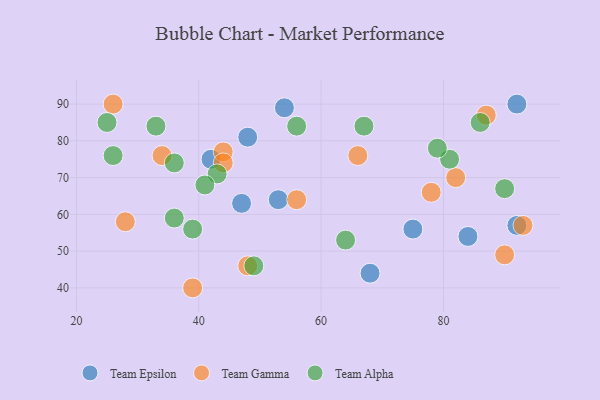
{"axis": {"x": "GDP", "y": "Life Expectancy"}, "legend": ["Team Alpha", "Team Epsilon", "Team Gamma"], "data": [{"x": "47", "y": 63, "type": "Team Epsilon"}, {"x": "92", "y": 57, "type": "Team Epsilon"}, {"x": "75", "y": 56, "type": "Team Epsilon"}, {"x": "68", "y": 44, "type": "Team Epsilon"}, {"x": "54", "y": 89, "type": "Team Epsilon"}, {"x": "84", "y": 54, "type": "Team Epsilon"}, {"x": "42", "y": 75, "type": "Team Epsilon"}, {"x": "53", "y": 64, "type": "Team Epsilon"}, {"x": "92", "y": 90, "type": "Team Epsilon"}, {"x": "48", "y": 81, "type": "Team Epsilon"}, {"x": "66", "y": 76, "type": "Team Gamma"}, {"x": "56", "y": 64, "type": "Team Gamma"}, {"x": "78", "y": 66, "type": "Team Gamma"}, {"x": "39", "y": 40, "type": "Team Gamma"}, {"x": "93", "y": 57, "type": "Team Gamma"}, {"x": "87", "y": 87, "type": "Team Gamma"}, {"x": "34", "y": 76, "type": "Team Gamma"}, {"x": "90", "y": 49, "type": "Team Gamma"}, {"x": "44", "y": 77, "type": "Team Gamma"}, {"x": "28", "y": 58, "type": "Team Gamma"}, {"x": "26", "y": 90, "type": "Team Gamma"}, {"x": "48", "y": 46, "type": "Team Gamma"}, {"x": "44", "y": 74, "type": "Team Gamma"}, {"x": "82", "y": 70, "type": "Team Gamma"}, {"x": "67", "y": 84, "type": "Team Alpha"}, {"x": "81", "y": 75, "type": "Team Alpha"}, {"x": "25", "y": 85, "type": "Team Alpha"}, {"x": "26", "y": 76, "type": "Team Alpha"}, {"x": "56", "y": 84, "type": "Team Alpha"}, {"x": "36", "y": 59, "type": "Team Alpha"}, {"x": "49", "y": 46, "type": "Team Alpha"}, {"x": "79", "y": 78, "type": "Team Alpha"}, {"x": "43", "y": 71, "type": "Team Alpha"}, {"x": "64", "y": 53, "type": "Team Alpha"}, {"x": "86", "y": 85, "type": "Team Alpha"}, {"x": "90", "y": 67, "type": "Team Alpha"}, {"x": "41", "y": 68, "type": "Team Alpha"}, {"x": "33", "y": 84, "type": "Team Alpha"}, {"x": "39", "y": 56, "type": "Team Alpha"}, {"x": "36", "y": 74, "type": "Team Alpha"}]}